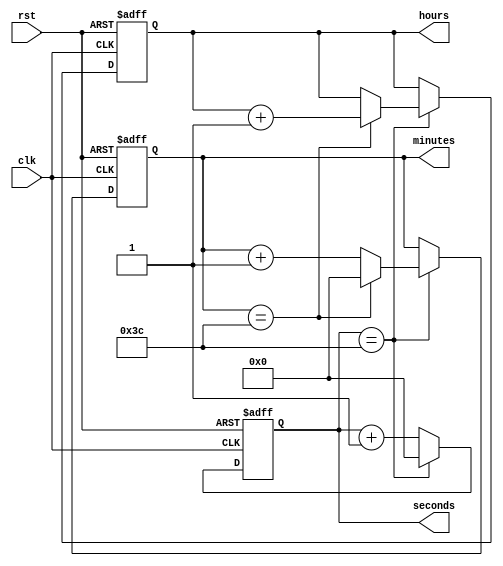
module binary_clock_divider(
    input wire clk,
    input wire rst,
    output reg [3:0] hours,
    output reg [5:0] minutes,
    output reg [5:0] seconds
);

reg [3:0] hours_reg, hours_next;
reg [5:0] minutes_reg, minutes_next;
reg [5:0] seconds_reg, seconds_next;

reg [3:0] hour_count = 4'b0000;
reg [5:0] minute_count = 6'b000000;
reg [5:0] second_count = 6'b000000;

always @(posedge clk or posedge rst) begin
    if (rst) begin
        hour_count <= 4'b0000;
        minute_count <= 6'b000000;
        second_count <= 6'b000000;
    end else begin
        second_count <= second_count + 1;
        
        if (second_count == 60) begin
            second_count <= 6'b000000;
            minute_count <= minute_count + 1;
            
            if (minute_count == 60) begin
                minute_count <= 6'b000000;
                hour_count <= hour_count + 1;
                
                if (hour_count == 24) begin
                    hour_count <= 4'b0000;
                end
            end
        end
    end
end

assign hours = hour_count;
assign minutes = minute_count;
assign seconds = second_count;

endmodule